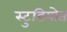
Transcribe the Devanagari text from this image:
स्टुडियोत